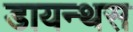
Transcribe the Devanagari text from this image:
डायन्थस